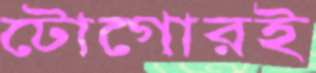
টোগোরই